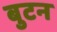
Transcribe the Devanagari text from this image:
बुटन